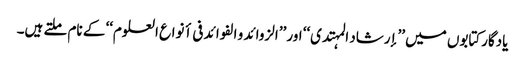
یادگارکتابوں میں ’’إرشاد المہتدی‘‘ اور ’’الزوائد و الفوائد فی أنواع العلوم‘‘ کے نام ملتے ہیں۔